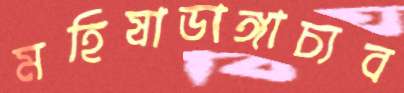
মহিষাডাঙ্গাচ্যব